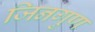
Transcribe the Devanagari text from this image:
जिनगुण